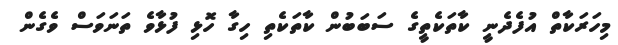
މިހަރަކާތް އުފެދެނީ ކާތަކެތީގެ ސަބަބުން ކާތަކެތި ހިގާ ހޮޅި ފުޅާވެ ތަނަވަސް ވެގެން